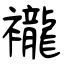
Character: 襱